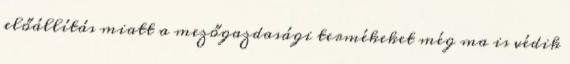
előállítás miatt a mezőgazdasági termékeket még ma is védik